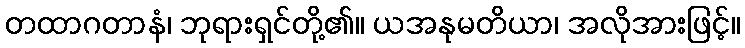
တထာဂတာနံ၊ ဘုရားရှင်တို့၏။ ယအနုမတိယာ၊ အလိုအားဖြင့်။